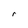
Character: r